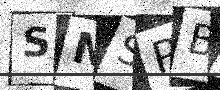
Text: SNSPB8